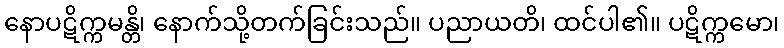
နောပဋိက္ကမန္တိ၊ နောက်သို့တက်ခြင်းသည်။ ပညာယတိ၊ ထင်ပါ၏။ ပဋိက္ကမော၊